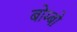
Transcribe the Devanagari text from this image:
बोम्बो